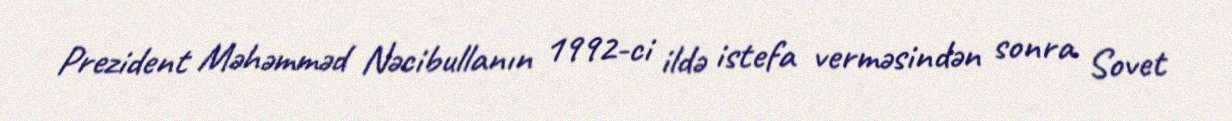
Prezident Məhəmməd Nəcibullanın 1992-ci ildə istefa verməsindən sonra Sovet